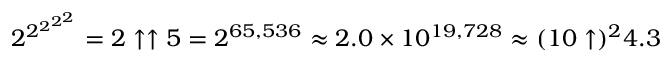
2 ^ { 2 ^ { 2 ^ { 2 ^ { 2 } } } } = 2 \uparrow \uparrow 5 = 2 ^ { 6 5 , 5 3 6 } \approx 2 . 0 \times 1 0 ^ { 1 9 , 7 2 8 } \approx ( 1 0 \uparrow ) ^ { 2 } 4 . 3